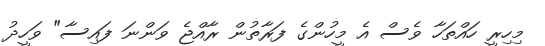
މިހިރީ ހައްތަހާ ވެސް އެ މީހުންގެ ފަރާތުން ރާއްޖެ ވަންނަ ފައިސާ" ވަހީދު